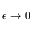
\epsilon \to 0